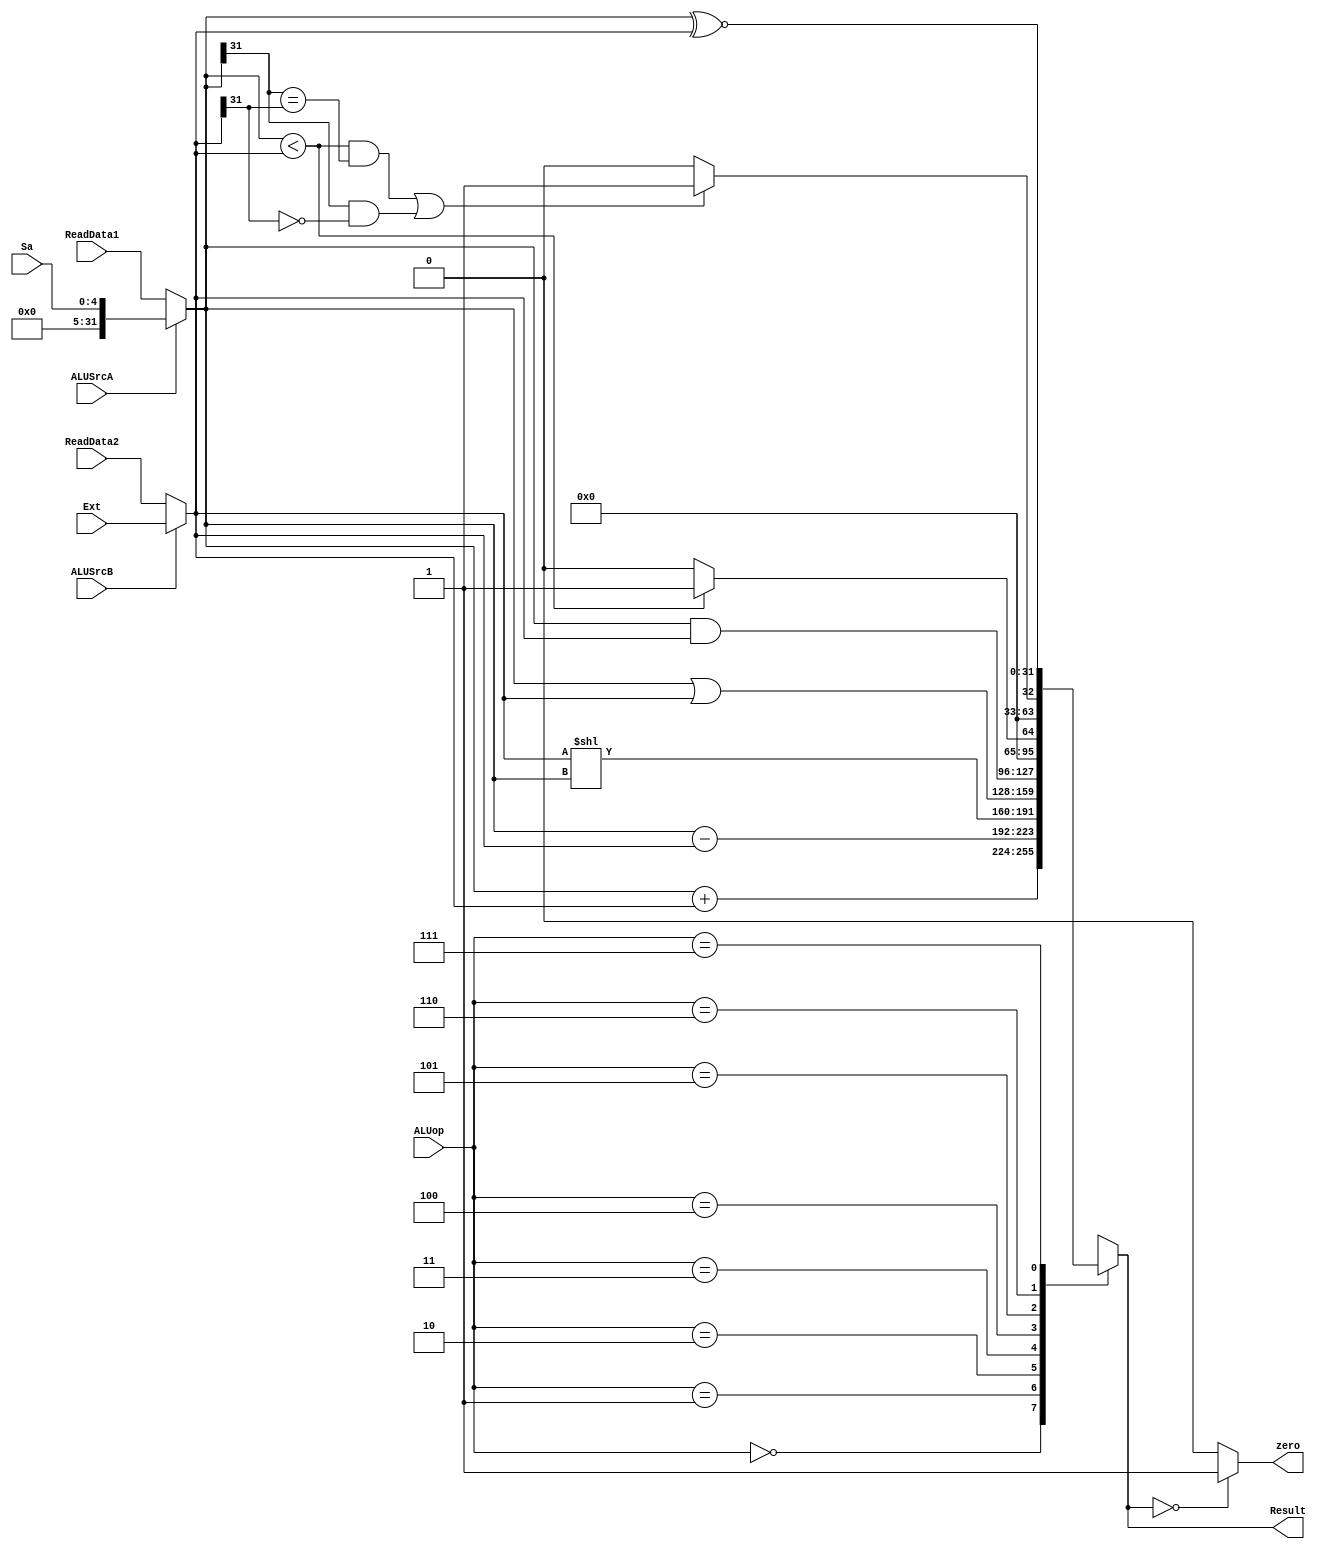
module ALU(
        //
        input [31:0] ReadData1,
        input [31:0] ReadData2,
        input [31:0] Ext,
        input [4:0] Sa,
        input [2:0] ALUop,
        input ALUSrcA, ALUSrcB,

        output  zero, 
        output reg [31:0] Result
    );

    //
    wire [31:0] InA;
    wire [31:0] InB;

    assign InA = ALUSrcA ? {{27{1'b0}}, Sa} : ReadData1;
    assign InB = ALUSrcB ? Ext : ReadData2;

    assign zero = (Result == 0) ? 1 : 0;

    //
    always @(*) begin
        case(ALUop) //ALUop
            3'b000 : 
                Result = InA + InB;
            3'b001:
                Result = InA - InB;
            3'b010:
                Result = InB << InA;
            3'b011:
                Result = InA | InB;
            3'b100:
                Result = InA & InB;
            3'b101:
                Result = (InA < InB) ? 1 : 0;
            3'b110: 
                Result = (((InA < InB) && (InA[31] == InB[31])) || 
                    ((InA[31] == 1) && (InB[31] == 0))) ? 1 : 0;
            3'b111:
                Result = InA ^~ InB;
            default:
                Result = 32'h0000;
        endcase
    end

endmodule